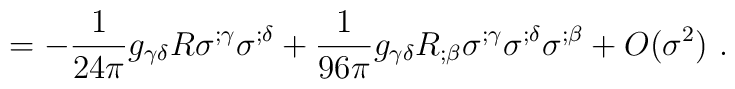
~~~=-\frac{1}{24\pi}g_{\gamma \delta }R \sigma ^{;\gamma }\sigma ^{;\delta }+\frac{1}{96\pi} g_{\gamma\delta}R_{;\beta }\sigma ^{;\gamma }\sigma ^{;\delta } \sigma^{;\beta}+O(\sigma^2)~.